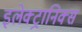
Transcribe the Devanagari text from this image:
इलेक्ट्रानिक्स